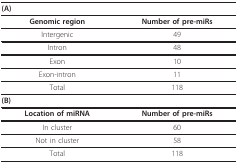
| (A) |  |
 | --- | --- |
 | Genomic region | Number of pre-miRs |
 | Intergenic | 49 |
 | Intron | 48 |
 | Exon | 10 |
 | Exon-intron | 11 |
 | Total | 118 |
 | (B) |  |
 | Location of miRNA | Number of pre-miRs |
 | In cluster | 60 |
 | Not in cluster | 58 |
 | Total | 118 |